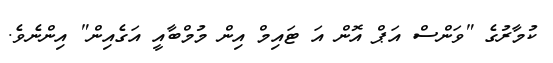
ކުމާރުގެ "ވަންސް އަޕް އޮން އަ ޓައިމް އިން މުމްބާއީ އަގެއިން" އިންނެވެ.